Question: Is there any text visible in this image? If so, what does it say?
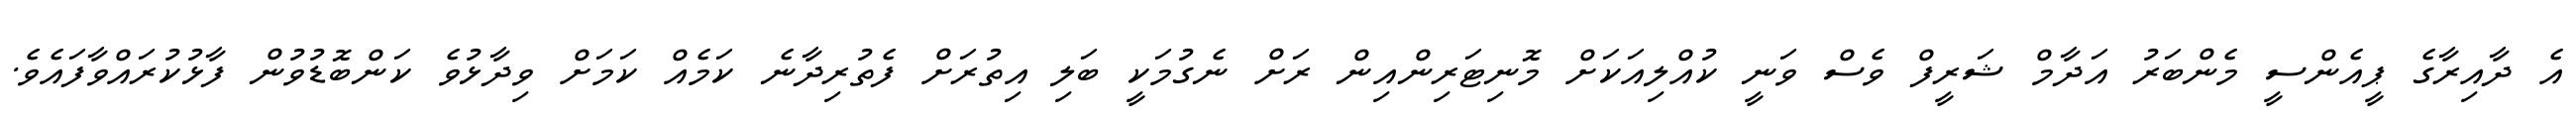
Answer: އެ ދާއިރާގެ ޕީއެންސީ މެންބަރު އަދާމް ޝަރީފް ވެސް ވަނީ ކުއްލިއަކަށް މޮނިޓަރިންއިން ރަށް ނެގުމަކީ ބަލި އިތުރަށް ފެތުރިދާނެ ކަމެއް ކަމަށް ވިދާޅުވެ ކަންބޮޑުވުން ފާޅުކުރައްވާފައެވެ.